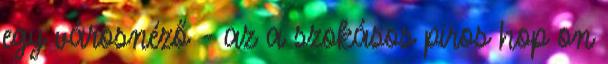
egy városnéző - az a szokásos piros hop on